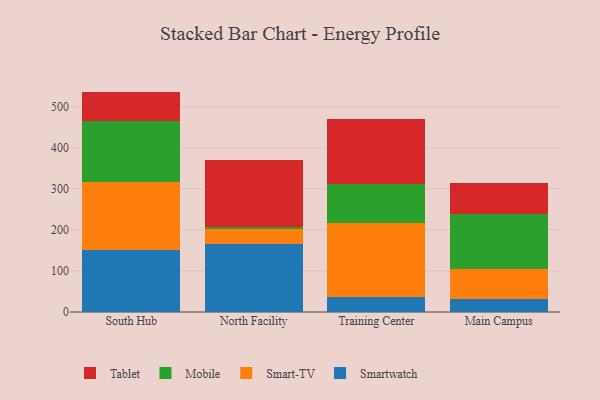
{"axis": {"x": "Campus", "y": "Production Output"}, "legend": ["Mobile", "Smart-TV", "Smartwatch", "Tablet"], "data": [{"x": "South Hub", "y": 150.7, "type": "Smartwatch"}, {"x": "South Hub", "y": 165.0, "type": "Smart-TV"}, {"x": "South Hub", "y": 148.9, "type": "Mobile"}, {"x": "South Hub", "y": 72.0, "type": "Tablet"}, {"x": "North Facility", "y": 164.8, "type": "Smartwatch"}, {"x": "North Facility", "y": 36.3, "type": "Smart-TV"}, {"x": "North Facility", "y": 5.7, "type": "Mobile"}, {"x": "North Facility", "y": 163.1, "type": "Tablet"}, {"x": "Training Center", "y": 37.1, "type": "Smartwatch"}, {"x": "Training Center", "y": 178.6, "type": "Smart-TV"}, {"x": "Training Center", "y": 95.2, "type": "Mobile"}, {"x": "Training Center", "y": 160.0, "type": "Tablet"}, {"x": "Main Campus", "y": 31.8, "type": "Smartwatch"}, {"x": "Main Campus", "y": 73.3, "type": "Smart-TV"}, {"x": "Main Campus", "y": 133.8, "type": "Mobile"}, {"x": "Main Campus", "y": 74.3, "type": "Tablet"}]}